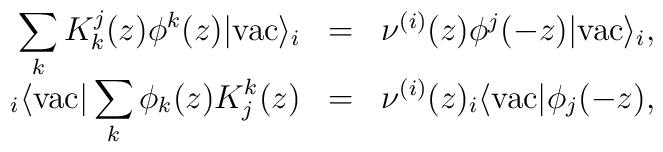
\begin{array}{rcl}\displaystyle\sum_{k} K^j_k (z) \phi^k (z) |\mbox{vac}\rangle _i &=&\nu^{(i)}(z) \phi^j (-z)|\mbox{vac}\rangle _i , \\ {}_i\langle \mbox{vac}| \displaystyle\sum_{k} \phi_k (z) K_j^k (z) &=&\nu^{(i)}(z) {}_i\langle \mbox{vac}| \phi_j (-z), \end{array}